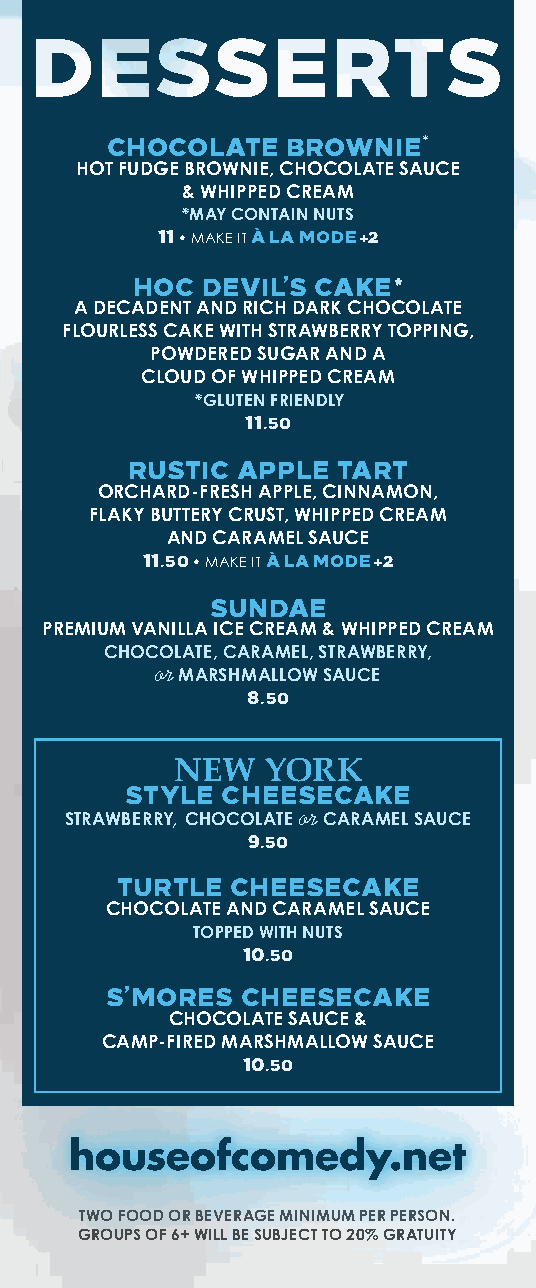
CHOCOLATE   BROWNIE*
 HOT FUDGE BROWNIE, CHOCOLATE SAUCE
 & WHIPPED CREAM
 *MAY CONTAIN NUTS
 11 • MAKE IT À LA MODE +2
 HOC DEVIL’S CAKE*
 A DECADENT AND RICH DARK CHOCOLATE
 FLOURLESS CAKE WITH STRAWBERRY TOPPING,
 POWDERED SUGAR AND A
 CLOUD OF WHIPPED CREAM
 *GLUTEN FRIENDLY
 11.50
 RUSTIC  APPLE TART
 ORCHARD-FRESH APPLE, CINNAMON,
 FLAKY BUTTERY CRUST, WHIPPED CREAM
 AND CARAMEL SAUCE
 11.50 • MAKE IT À LA MODE +2
 SUNDAE
 PREMIUM VANILLA ICE CREAM & WHIPPED CREAM
 CHOCOLATE, CARAMEL, STRAWBERRY,
 or MARSHMALLOW SAUCE
 8.50
 NEW   YORK
 STYLE  CHEESECAKE
 STRAWBERRY, CHOCOLATE or CARAMEL SAUCE
 9.50
 TURTLE CHEESECAKE
 CHOCOLATE AND CARAMEL SAUCE
 TOPPED WITH NUTS
 10.50
 S’MORES  CHEESECAKE
 CHOCOLATE SAUCE &
 CAMP-FIRED MARSHMALLOW SAUCE
 10.50
 houseofcomedy.net
 TWO FOOD OR BEVERAGE MINIMUM PER PERSON.
 GROUPS OF 6+ WILL BE SUBJECT TO 20% GRATUITY